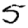
Digit: 5